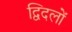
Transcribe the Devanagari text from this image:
द्विदलों